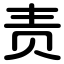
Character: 责